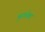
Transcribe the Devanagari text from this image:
भूरचनेला